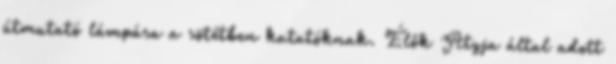
útmutató lámpása a sötétben kutatóknak. Élők Atyja által adott